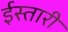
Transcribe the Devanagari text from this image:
ईस्तारी